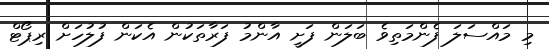
މި މައްސަލަ ފެންމަތިވެ ބަލަން ފަށީ އާންމު ފަރާތަކުން އެކަން ފުލުހަށް ރިޕޯޓް